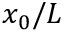
x _ { 0 } / { \cal L }